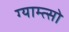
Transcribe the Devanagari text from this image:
ग्याम्त्सो